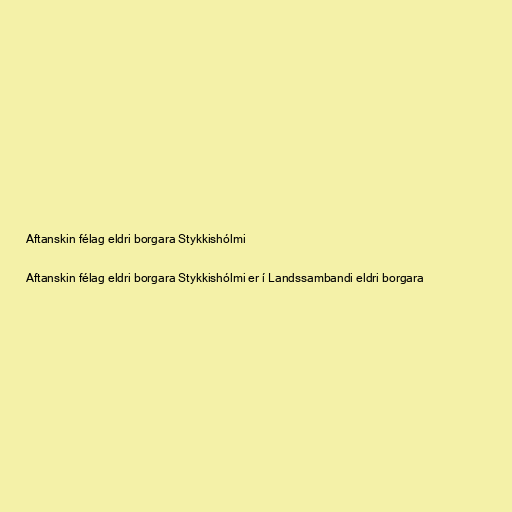
Aftanskin félag eldri borgara Stykkishólmi

Aftanskin félag eldri borgara Stykkishólmi er í Landssambandi eldri borgara